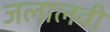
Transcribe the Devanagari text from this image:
जलालवी